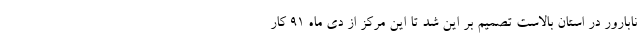
نابارور در استان بالاست تصمیم بر این شد تا این مرکز از دی ماه ۹۱ کار